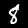
Digit: 8